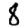
Digit: 8